Leaving Certificate Examination, 1906
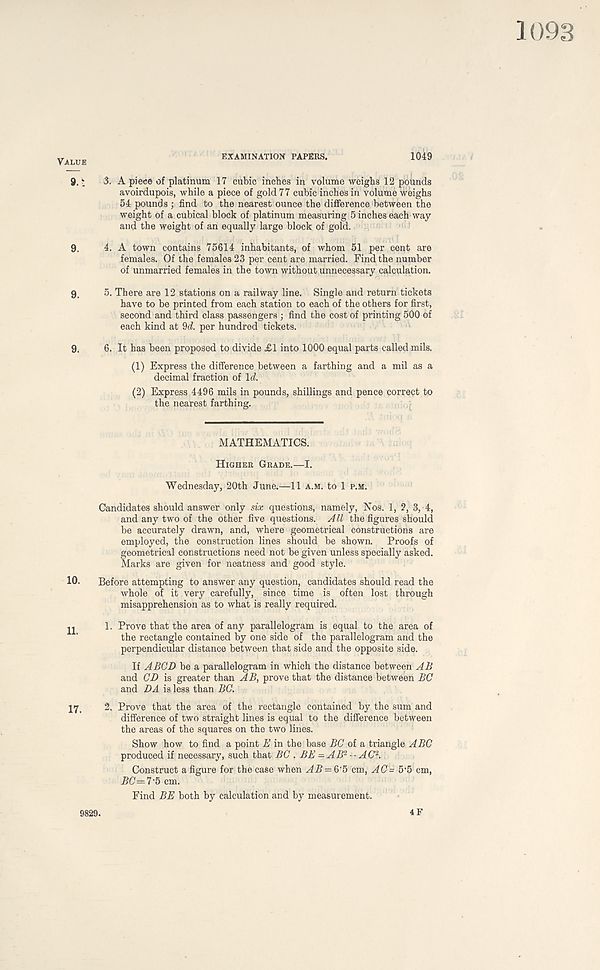
1093
EXAMINATION PAPERS.
1049
3. A piece of platinum 17 cubic inches in volume weighs 12 pounds
avoirdupois, while a piece of gold 7 7 cubic inches in volume weighs
54 pounds ; find to the nearest ounce the difference between the
weight of a cubical block of platinum measuring 5 inches each way
and the weight of an equally large block of gold.
4. A town contains 75614 inhabitants, of whom 51 per cent are
females. Of the females 23 per cent are married. Find the number
of unmarried females in the town without unnecessary calculation.
5. There are 12 stations on a railway line. Single and return tickets
have to be printed from each station to each of the others for first,
second and third class passengers ; find the cost of printing 500 of
each kind at 9^. per hundred tickets.
6. It has been proposed to divide £1 into 1000 equal parts called mils.
(1) Express the difference between a farthing and a mil as a
decimal fraction of Id.
(2) Express 4496 mils in pounds, shillings and pence correct to
the nearest farthing.
MATHEMATICS.
Higher Grade.—I.
Wednesday, 20th June.—11 a.m. to 1 p.m.
Candidates should answer only six questions, namely, Nos. 1, ?, 3, 4,
and any two of the other five questions. J ll the figures should
be accurately drawn, and, where geometrical constructions are
employed, the construction lines should be shown. Proofs of
geometrical constructions need not be given unless specially asked.
Marks are given for neatness and good style.
10. Before attempting to answer any question, candidates should read the
whole of it very carefully, since time is often lost through
misapprehension as to what is really required.
1. Prove that the area of any parallelogram is equal to the area of
the rectangle contained by one side of the parallelogram and the
perpendicular distance between that side and the opposite side.
If A BOD be a parallelogram in which the distance between AB
and CD is greater than AB, prove that the distance between BC
and DA is less than BO.
17, 2. Prove that the area of the rectangle contained by the sum and
difference of two straight lines is equal to the difference between
the areas of the squares on the two lines.
Show how to find a point E in the base BO of a triangle ABO
produced if necessary, such that BC . BE — AB 2 ■■AC' 2 .
Construct a figure for the case when AB = 6 5 cm, AC= 5 - 5 cm,
BC=7'5 cm.
Find BE both by calculation and by measurement.
9829.
4 F
Value
9.:
9.
9.
9.